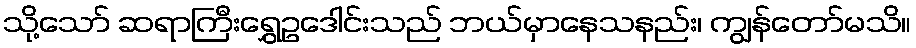
သို့သော် ဆရာကြီးရွှေဥဒေါင်းသည် ဘယ်မှာနေသနည်း၊ ကျွန်တော်မသိ။